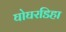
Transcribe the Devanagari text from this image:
घोघरडिहा